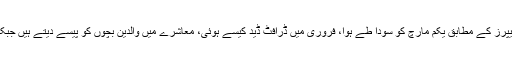
جسٹس اعجاز افضل نے کہا کہ اسٹام پیپرز کے مطابق یکم مارچ کو سودا طے ہوا، فروری میں ڈرافٹ ڈید کیسے ہوئی، معاشرے میں والدین بچوں کو پیسے دیتے ہیں جبکہ آپ کے کیس میں مختلف ہو رہا ہے۔